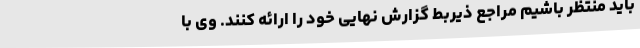
باید منتظر باشیم مراجع ذیربط گزارش نهایی خود را ارائه کنند. وی با